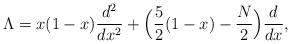
LaTeX: \begin{align*}\Lambda=x(1-x)\frac{d^2}{dx^2}+\Big(\frac{5}{2}(1-x)-\frac{N}{2}\Big)\frac{d}{dx},\end{align*}